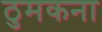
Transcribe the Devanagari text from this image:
ठुमकना